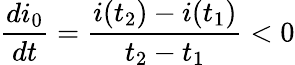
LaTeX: \frac{di_{0}}{dt}=\frac{i(t_{2})-i(t_{1})}{t_{2}-t_{1}}<0